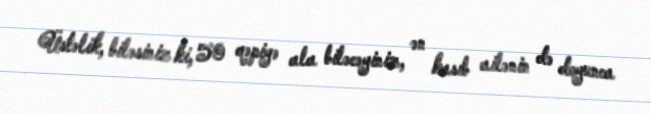
Üstəlik, biləsiniz ki, 50 qəpiyə ala biləcəyiniz, ən kasıb ailənin də doyunca